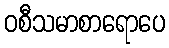
ဝစီသမာစာရောပေ